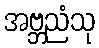
အဗ္ဘညံသု